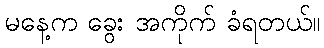
မနေ့က ခွေး အကိုက် ခံရတယ်။